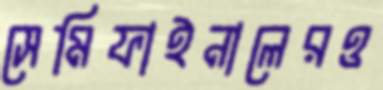
সেমিফাইনালেরও